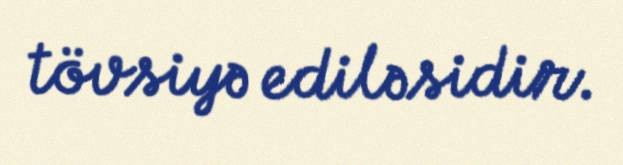
tövsiyə ediləsidir.